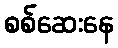
စစ်ဆေးနေ